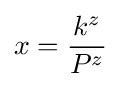
x={\frac {k^{z}}{P^{z}}}